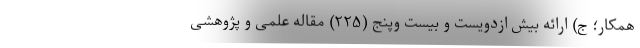
همکار؛ ج) ارائه بیش ازدویست و بیست وپنج (۲۲۵) مقاله علمی و پژوهشی